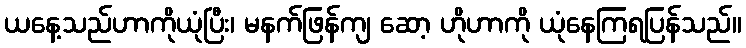
ယနေ့သည်ဟာကိုယုံပြီး၊ မနက်ဖြန်ကျ ဆော့ ဟိုဟာကို ယုံနေကြရပြန်သည်။